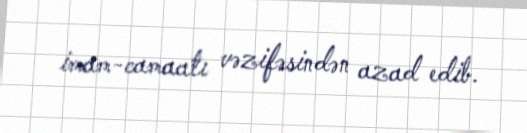
imam-camaatı vəzifəsindən azad edib.